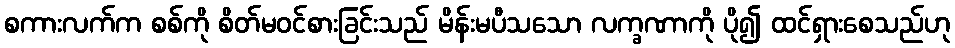
စကားလက်က စစ်ကို စိတ်မဝင်စားခြင်းသည် မိန်းမပီသသော လက္ခဏာကို ပို၍ ထင်ရှားစေသည်ဟု